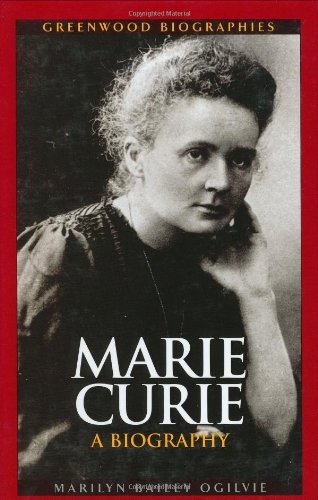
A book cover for Marie Curie: A Biography (Greenwood Biographies); Marilyn Ogilvie; Children's Books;